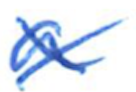
Text: a
Cross-out: cross
Writing tool: ballpoint